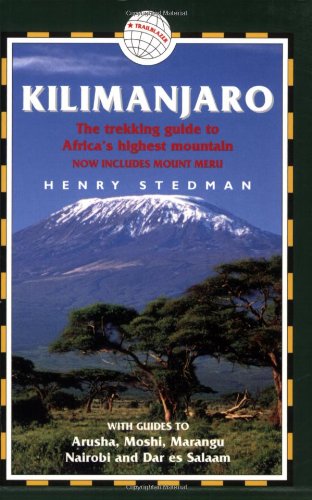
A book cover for Kilimanjaro: The Trekking Guide to Africa's Highest Mountain - 2nd Edition; Now includes Mount Meru; Henry Stedman; Travel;